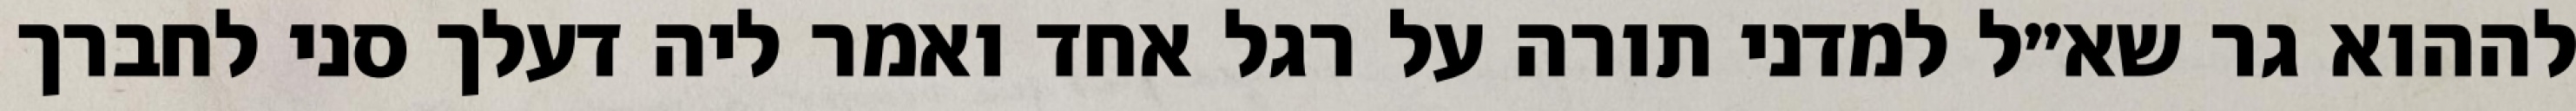
לההוא גר שא״ל למדני תורה על רגל אחד ואמר ליה דעלך סני לחברך